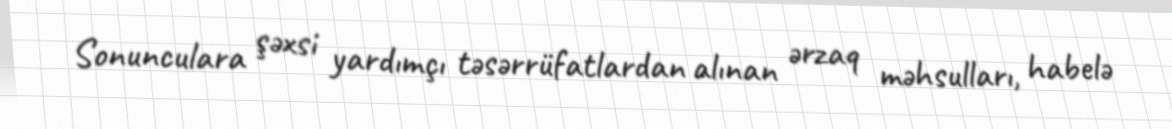
Sonunculara şəxsi yardımçı təsərrüfatlardan alınan ərzaq məhsulları, habelə